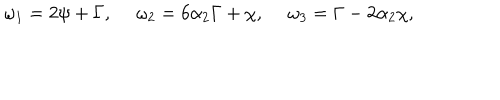
\omega _ { 1 } = 2 \psi + \Gamma , ~ ~ \omega _ { 2 } = 6 \alpha _ { 2 } \Gamma + \chi , ~ ~ \omega _ { 3 } = \Gamma - 2 \alpha _ { 2 } \chi ,